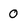
Character: 0